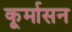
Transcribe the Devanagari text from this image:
कूर्मासन